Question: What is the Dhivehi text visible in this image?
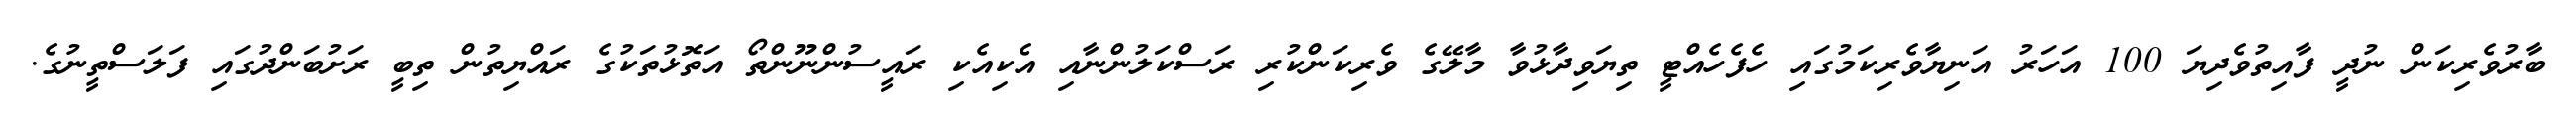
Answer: ބާރުވެރިކަން ނުދީ ފާއިތުވެދިޔަ 100 އަހަރު އަނިޔާވެރިކަމުގައި ހެފެހެއްޓީ ތިޔަވިދާޅުވާ މާލޭގެ ވެރިކަންކުރި ރަސްކަލުންނާއި އެކިއެކި ރައީސުންނޫންތޯ އަތޮޅުތަކުގެ ރައްޔިތުން ތިބީ ރަށުބަންދުގައި ފަލަސްތީނުގެ.